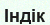
Індік